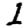
Digit: 1